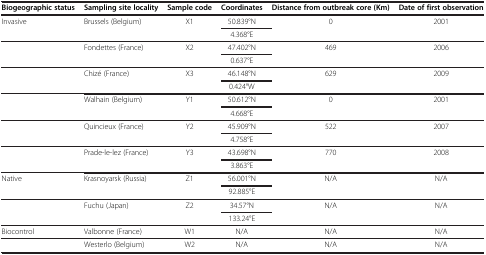
<table><thead><tr><td><b>Biogeographic status</b></td><td><b>Sampling site locality</b></td><td><b>Sample code</b></td><td><b>Coordinates</b></td><td><b>Distance from outbreak core (Km)</b></td><td><b>Date of first observation</b></td></tr></thead><tbody><tr><td rowspan="2">Invasive</td><td rowspan="2">Brussels (Belgium)</td><td rowspan="2">X1</td><td>50.839°N</td><td rowspan="2">0</td><td rowspan="2">2001</td></tr><tr><td>4.368°E</td></tr><tr><td rowspan="2"> </td><td rowspan="2">Fondettes (France)</td><td rowspan="2">X2</td><td>47.402°N</td><td rowspan="2">469</td><td rowspan="2">2006</td></tr><tr><td>0.637°E</td></tr><tr><td rowspan="2"> </td><td rowspan="2">Chizé (France)</td><td rowspan="2">X3</td><td>46.148°N</td><td>629</td><td rowspan="2">2009</td></tr><tr><td>0.424°W</td><td> </td></tr><tr><td rowspan="2"> </td><td rowspan="2">Walhain (Belgium)</td><td rowspan="2">Y1</td><td>50.612°N</td><td>0</td><td rowspan="2">2001</td></tr><tr><td>4.668°E</td><td> </td></tr><tr><td rowspan="2"> </td><td rowspan="2">Quincieux (France)</td><td rowspan="2">Y2</td><td>45.909°N</td><td>522</td><td rowspan="2">2007</td></tr><tr><td>4.758°E</td><td> </td></tr><tr><td rowspan="2"> </td><td rowspan="2">Prade-le-lez (France)</td><td rowspan="2">Y3</td><td>43.698°N</td><td>770</td><td rowspan="2">2008</td></tr><tr><td>3.863°E</td><td> </td></tr><tr><td rowspan="2">Native</td><td rowspan="2">Krasnoyarsk (Russia)</td><td rowspan="2">Z1</td><td>56.001°N</td><td>N/A</td><td rowspan="2">N/A</td></tr><tr><td>92.885°E</td><td> </td></tr><tr><td rowspan="2"> </td><td rowspan="2">Fuchu (Japan)</td><td rowspan="2">Z2</td><td>34.57°N</td><td>N/A</td><td rowspan="2">N/A</td></tr><tr><td>133.24°E</td><td> </td></tr><tr><td>Biocontrol</td><td>Valbonne (France)</td><td>W1</td><td>N/A</td><td>N/A</td><td>N/A</td></tr><tr><td> </td><td>Westerlo (Belgium)</td><td>W2</td><td>N/A</td><td>N/A</td><td>N/A</td></tr></tbody></table>